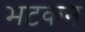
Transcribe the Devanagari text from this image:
भटकन